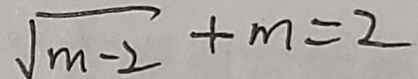
\sqrt { m - 2 } + m = 2